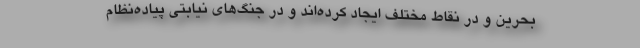
بحرین و در نقاط مختلف ایجاد کرده‌اند و در جنگ‌های نیابتی پیاده‌نظام